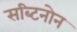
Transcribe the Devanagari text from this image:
सब्टिनोन